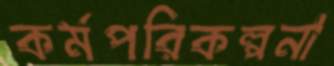
কর্মপরিকল্পনা